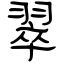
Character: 翠